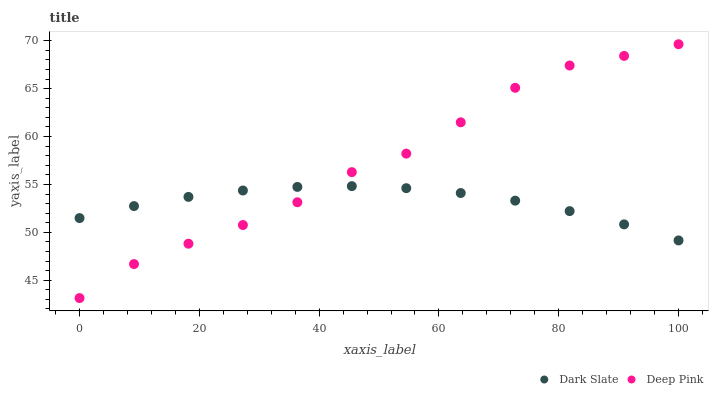
| xaxis_label | Dark Slate | Deep Pink |
 | --- | --- | --- |
 | 0 | 51.5 | 43.1 |
 | 9.09 | 52.7 | 46.7 |
 | 18.2 | 53.7 | 48.8 |
 | 27.3 | 54.4 | 50.8 |
 | 36.4 | 54.7 | 53.1 |
 | 45.5 | 54.8 | 56.3 |
 | 54.5 | 54.6 | 58.2 |
 | 63.6 | 54.1 | 61.5 |
 | 72.7 | 53.3 | 65.1 |
 | 81.8 | 52.2 | 67.4 |
 | 90.9 | 50.8 | 68.4 |
 | 100 | 49.2 | 69.6 |